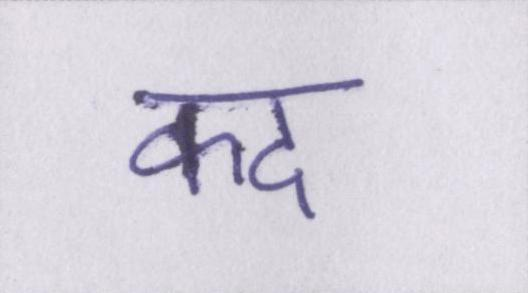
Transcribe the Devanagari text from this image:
कद